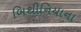
બિથીનિયાના